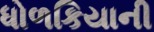
ધોળકિયાની